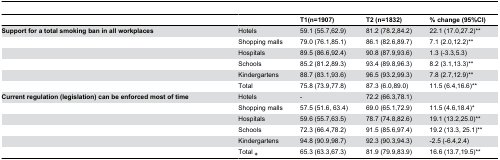
<table><thead><tr><td></td><td></td><td><b>T1(n=1907)</b></td><td><b>T2 (n=1832)</b></td><td><b>% change (95%CI)</b></td></tr></thead><tbody><tr><td><b>Support for a total smoking ban in all workplaces</b></td><td>Hotels</td><td>59.1 (55.7,62.9)</td><td>81.2 (78.2,84.2)</td><td>22.1 (17.0,27.2)**</td></tr><tr><td></td><td>Shopping malls</td><td>79.0 (76.1,85.1)</td><td>86.1 (82.6,89.7)</td><td>7.1 (2.0,12.2)**</td></tr><tr><td></td><td>Hospitals</td><td>89.5 (86.6,92.4)</td><td>90.8 (87.9,93.6)</td><td>1.3 (-3.3,5.3)</td></tr><tr><td></td><td>Schools</td><td>85.2 (81.2,89.3)</td><td>93.4 (89.8,96.3)</td><td>8.2 (3.1,13.3)**</td></tr><tr><td></td><td>Kindergartens</td><td>88.7 (83.1,93.6)</td><td>96.5 (93.2,99.3)</td><td>7.8 (2.7,12.9)**</td></tr><tr><td></td><td>Total</td><td>75.8 (73.9,77.8)</td><td>87.3 (6.0,89.0)</td><td>11.5 (6.4,16.6)**</td></tr><tr><td><b>Current regulation (legislation) can be enforced most of time</b></td><td>Hotels</td><td>-</td><td>72.2 (66.3,78.1)</td><td></td></tr><tr><td></td><td>Shopping malls</td><td>57.5 (51.6, 63.4)</td><td>69.0 (65.1,72.9)</td><td>11.5 (4.6,18.4)*</td></tr><tr><td></td><td>Hospitals</td><td>59.6 (55.7,63.5)</td><td>78.7 (74.8,82.6)</td><td>19.1 (13.2,25.0)**</td></tr><tr><td></td><td>Schools</td><td>72.3 (66.4,78.2)</td><td>91.5 (85.6,97.4)</td><td>19.2 (13.3, 25.1)**</td></tr><tr><td></td><td>Kindergartens</td><td>94.8 (90.9,98.7)</td><td>92.3 (90.3,94.3)</td><td>-2.5 (-6.4,2.4)</td></tr><tr><td></td><td>Total <b><sub>+</sub></b></td><td>65.3 (63.3,67.3)</td><td>81.9 (79.9,83.9)</td><td>16.6 (13.7,19.5)**</td></tr></tbody></table>